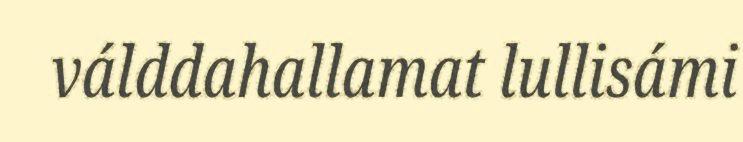
válddahallamat lullisámi